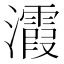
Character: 𪸀